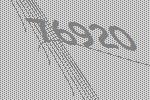
76920